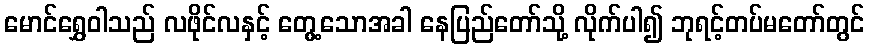
မောင်ရွှေဝါသည် လဖိုင်လနှင့် တွေ့သောအခါ နေပြည်တော်သို့ လိုက်ပါ၍ ဘုရင့်တပ်မတော်တွင်